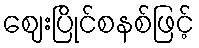
ဈေးပြိုင်စနစ်ဖြင့်